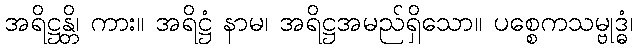
အရိဋ္ဌန္တိ၊ ကား။ အရိဋ္ဌံ နာမ၊ အရိဋ္ဌအမည်ရှိသော။ ပစ္စေကသမ္ဗုဒ္ဓံ၊